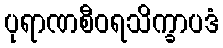
ပုရာဏစီဝရသိက္ခာပဒံ